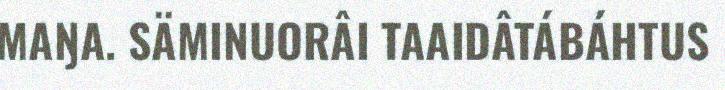
MAŊA. SÄMINUORÂI TAAIDÂTÁBÁHTUS